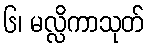
၆၊ မလ္လိကာသုတ်